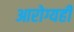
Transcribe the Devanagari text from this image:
आरोग्यही